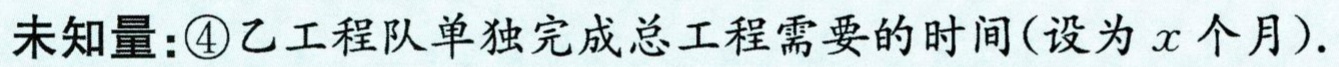
未知量：\textcircled{4}乙工程队单独完成总工程需要的时间(设为\(x\)个月).